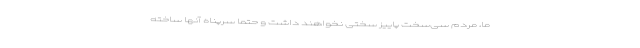
ما، مردم سی‌‌سخت پاییز سختی نخواهند داشت و حتما سرپناه آنها ساخته